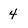
Character: 4